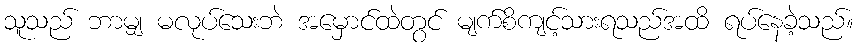
သူသည် ဘာမျှ မလုပ်သေးဘဲ အမှောင်ထဲတွင် မျက်စိကျင့်သားရသည်အထိ ရပ်နေခဲ့သည်။